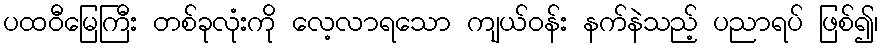
ပထဝီမြေကြီး တစ်ခုလုံးကို လေ့လာရသော ကျယ်ဝန်း နက်နဲသည့် ပညာရပ် ဖြစ်၍၊